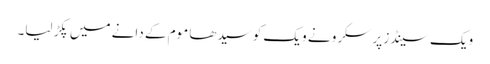
ویک سینڈز پر سکرو نے ویک کو سیدھا موم کے دانے میں پکڑ لیا۔